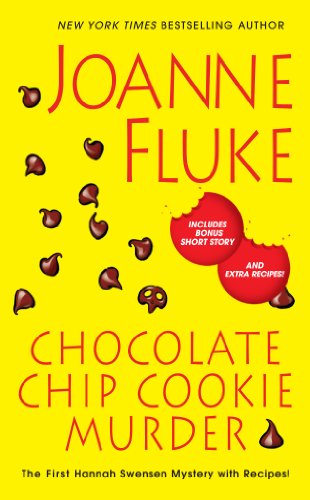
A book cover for Chocolate Chip Cookie Murder (A Hannah Swensen Mystery); Joanne Fluke; Mystery, Thriller & Suspense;